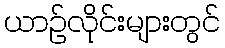
ယာဉ်လိုင်းများတွင်